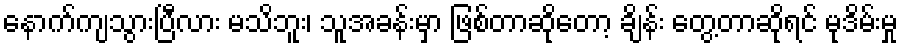
နောက်ကျသွားပြီလား မသိဘူး၊ သူအခန်းမှာ ဖြစ်တာဆိုတော့ ချိန်း တွေ့တာဆိုရင် မုဒိမ်းမှု